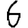
Digit: 6